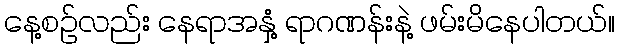
နေ့စဉ်လည်း နေရာအနှံ့ ရာဂဏန်းနဲ့ ဖမ်းမိနေပါတယ်။